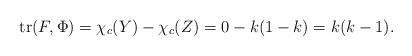
LaTeX: \begin{align*} {\rm tr}(F,\Phi) = \chi_c (Y)- \chi_c (Z) =0-k(1-k) =k(k-1).\end{align*}